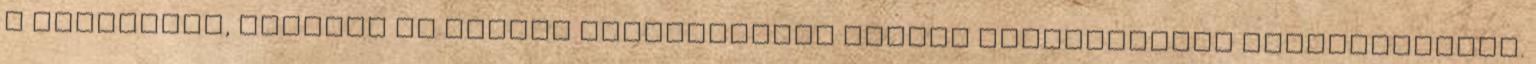
a hatásokat, amelyek az utóbbi évezredekben fajunk életmódjában bekövetkeztek.